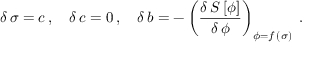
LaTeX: \delta \, \sigma = c \, , \quad \delta \, c = 0 \, , \quad \delta \, b = - \left( \frac { \delta \, S \, [ \phi ] } { \delta \, \phi } \right) _ { \phi = f \, ( \sigma ) } \; .